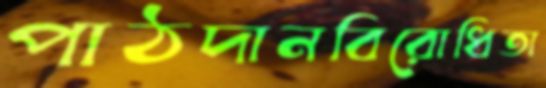
পাঠদানবিরোধিতা